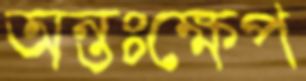
অন্তঃক্ষেপ